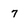
Character: 7